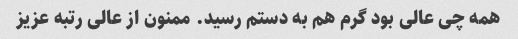
همه چی عالی بود گرم هم به دستم رسید. ممنون از عالی رتبه عزیز